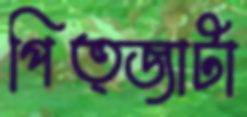
পিত্জাটা